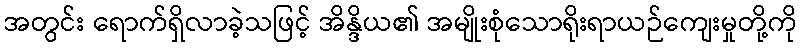
အတွင်း ရောက်ရှိလာခဲ့သဖြင့် အိန္ဒိယ၏ အမျိုးစုံသောရိုးရာယဉ်ကျေးမှုတို့ကို